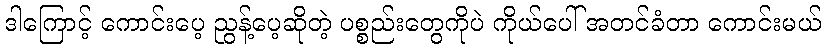
ဒါကြောင့် ကောင်းပေ့ ညွန့်ပေ့ဆိုတဲ့ ပစ္စည်းတွေကိုပဲ ကိုယ်ပေါ် အတင်ခံတာ ကောင်းမယ်